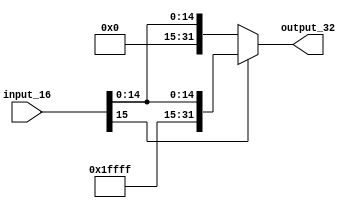
`timescale 1ns / 1ps

//////////////////////////////////////////////////////////////////////////////////
// Company: 
// Engineer: 
// 
// Design Name: 
// Module Name: signextender
// Project Name: 
// Target Devices: 
// Tool Versions: 
// Description: 
// 
// Dependencies: 
// 
// Revision:
// Revision 0.01 - File Created
// Additional Comments:
// 
//////////////////////////////////////////////////////////////////////////////////


module signextender(
    input [15:0] input_16,
    output reg [31:0] output_32
);

always @(*) begin
    if (input_16[15] == 1'b1) // if MSB of input is 1 (negative number)
        output_32 = {16'b11111111_11111111, input_16}; // sign extend by duplicating MSB
    else // if MSB of input is 0 (positive number)
        output_32 = {16'b00000000_00000000, input_16}; // sign extend with zeros
end

endmodule